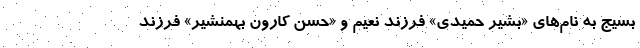
بسیج به نام‌های «بشیر حمیدی» فرزند نعیم و «حسن کارون بهمنشیر» فرزند